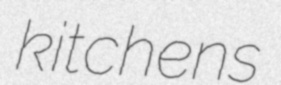
kitchens